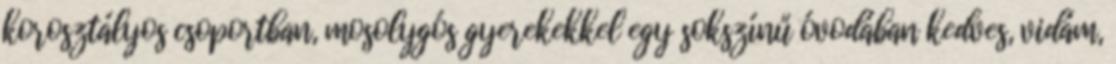
korosztályos csoportban, mosolygós gyerekekkel egy sokszínű óvodában kedves, vidám,